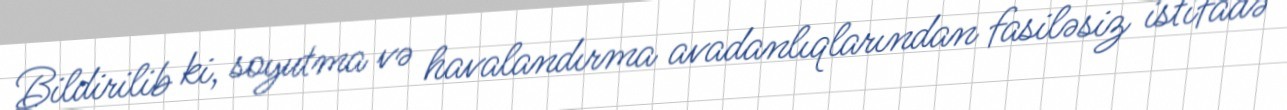
Bildirilib ki, soyutma və havalandırma avadanlıqlarından fasiləsiz istifadə